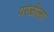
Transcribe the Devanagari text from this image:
परळीला